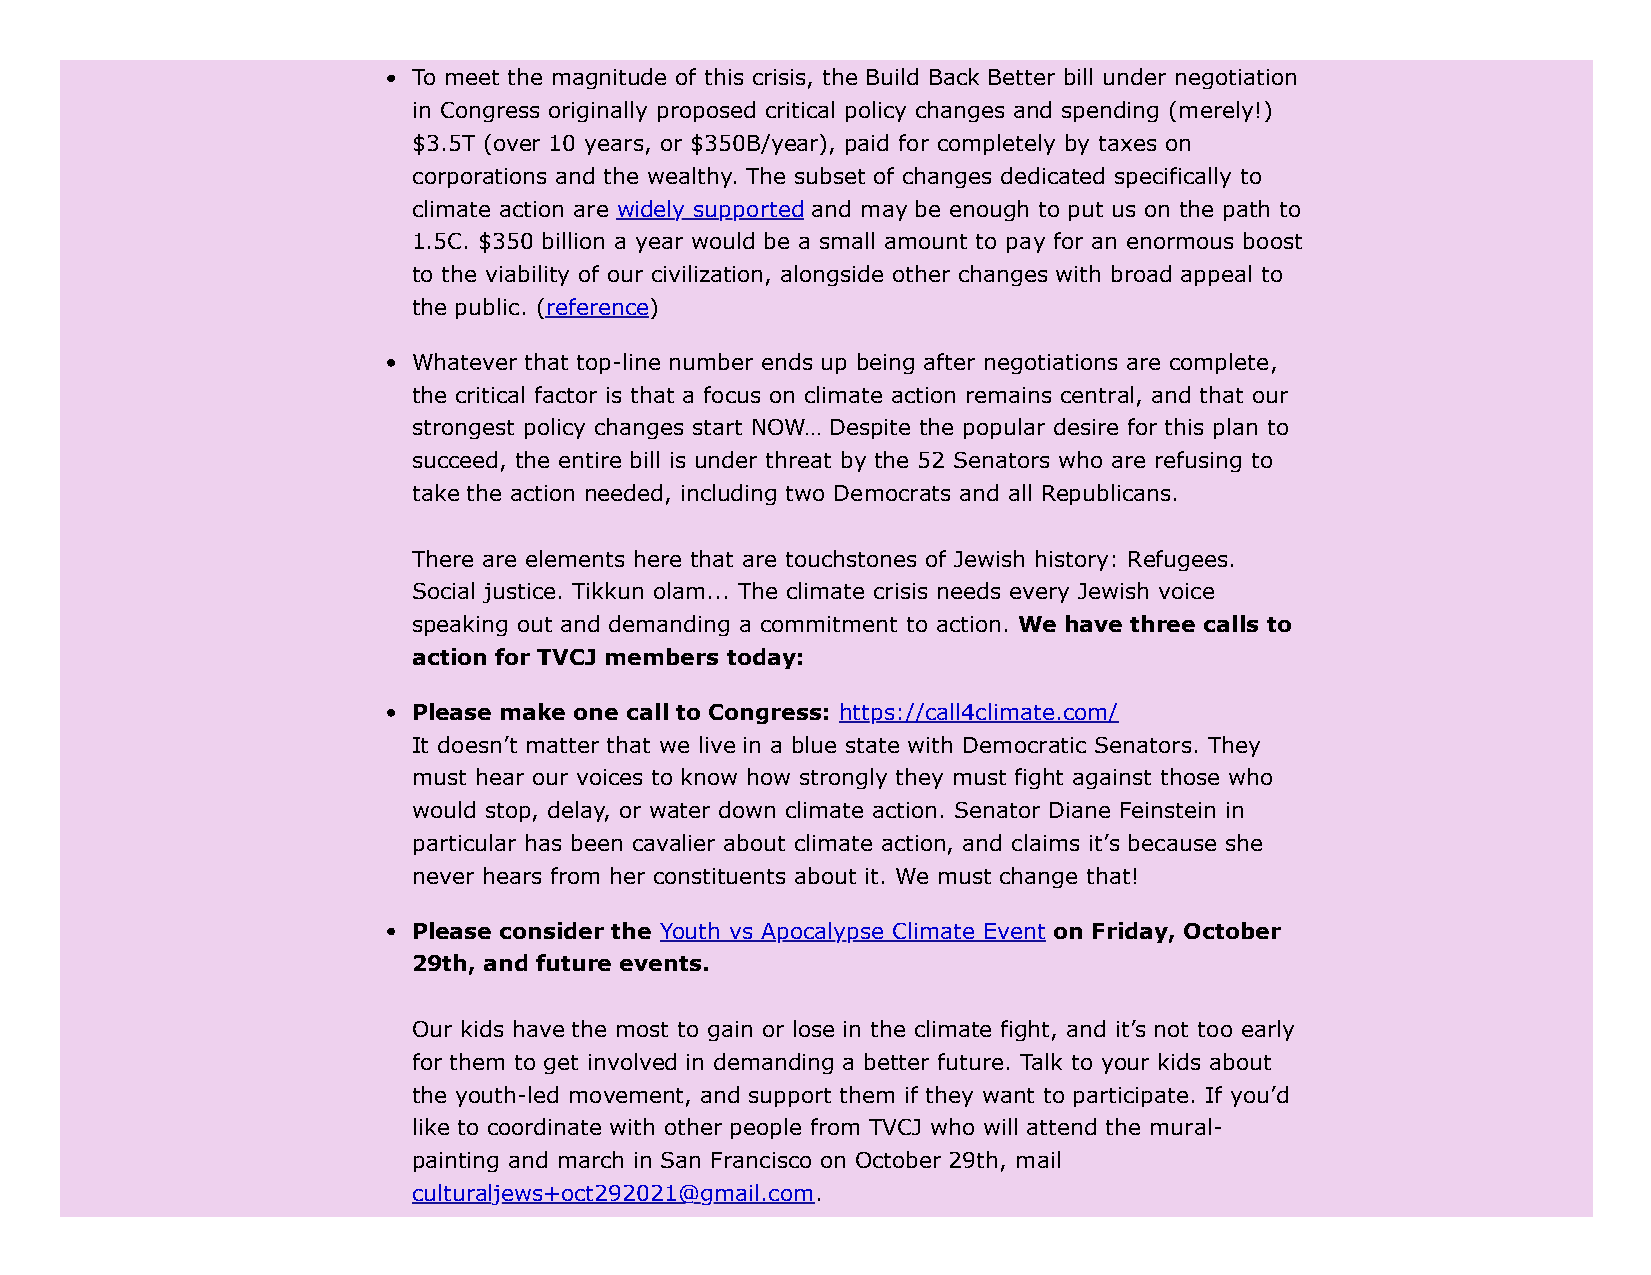
To meet the magnitude of this crisis, the Build Back Better bill under negotiation
 in Congress originally proposed critical policy changes and spending (merely!)
 $3.5T (over 10 years, or $350B/year), paid for completely by taxes on
 corporations and the wealthy. The subset of changes dedicated specifically to
 climate action are widely supported and may be enough to put us on the path to
 1.5C. $350 billion a year would be a small amount to pay for an enormous boost
 to the viability of our civilization, alongside other changes with broad appeal to
 the public. (reference)
 Whatever that top-line number ends up being after negotiations are complete,
 the critical factor is that a focus on climate action remains central, and that our
 strongest policy changes start NOW… Despite the popular desire for this plan to
 succeed, the entire bill is under threat by the 52 Senators who are refusing to
 take the action needed, including two Democrats and all Republicans.
 There are elements here that are touchstones of Jewish history: Refugees.
 Social justice. Tikkun olam... The climate crisis needs every Jewish voice
 speaking out and demanding a commitment to action. We have three calls to
 action for TVCJ members today:
 Please make one call to Congress: https://call4climate.com/
 It doesn’t matter that we live in a blue state with Democratic Senators. They
 must hear our voices to know how strongly they must fight against those who
 would stop, delay, or water down climate action. Senator Diane Feinstein in
 particular has been cavalier about climate action, and claims it’s because she
 never hears from her constituents about it. We must change that!
 Please consider the Youth vs Apocalypse Climate Event on Friday, October
 29th, and future events.
 Our kids have the most to gain or lose in the climate fight, and it’s not too early
 for them to get involved in demanding a better future. Talk to your kids about
 the youth-led movement, and support them if they want to participate. If you’d
 like to coordinate with other people from TVCJ who will attend the mural-
 painting and march in San Francisco on October 29th, mail
 culturaljews+oct292021@gmail.com.